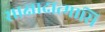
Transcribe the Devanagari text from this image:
साक्षादात्मासि